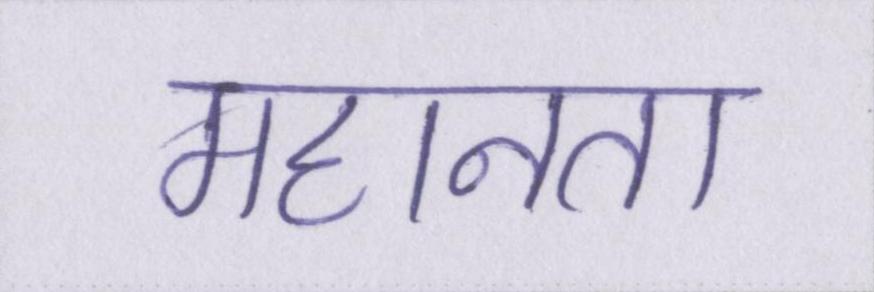
महानता